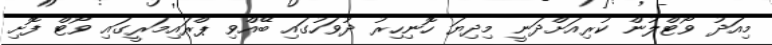
މިއަދު ވޯޓްލުން ކުރިއަށްދަނީ މިދިޔަ ހޮނިހިރު ދުވަހުގައި ބޭއްވި ޕްރައިމަރީގައި ވޯޓް ފޮށި